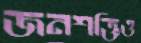
জনশক্তিও